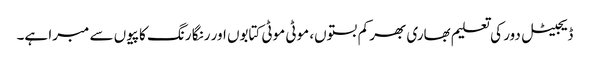
ڈیجیٹل دور کی تعلیم بھاری بھر کم بستوں، موٹی موٹی کتابوں اور رنگا رنگ کاپیوں سے مبرا ہے۔